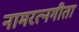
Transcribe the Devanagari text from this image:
नामरत्नगीता